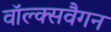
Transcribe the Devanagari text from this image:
वॉल्क्सवैगन